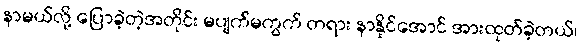
နာမယ်လို့ ပြောခဲ့တဲ့အတိုင်း မပျက်မကွက် တရား နာနိုင်အောင် အားထုတ်ခဲ့တယ်၊